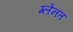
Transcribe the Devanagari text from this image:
ग्लेनत